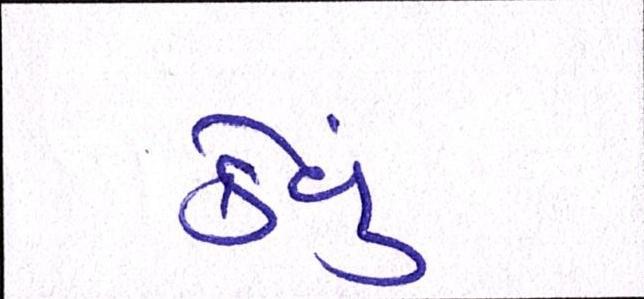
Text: કેવું